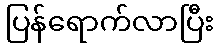
ပြန်ရောက်လာပြီး